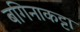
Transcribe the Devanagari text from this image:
बगिनाकट्टा